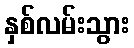
နှစ်လမ်းသွား